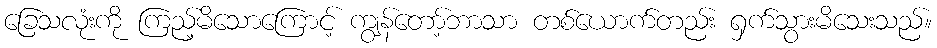
ခြေသလုံးကို ကြည့်မိသောကြောင့် ကျွန်တော့်ဘာသာ တစ်ယောက်တည်း ရှက်သွားမိသေးသည်။